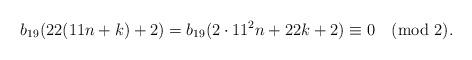
LaTeX: \begin{align*}b_{19}(22(11n+k)+2)=b_{19}(2\cdot 11^2n+22k+2)\equiv 0\pmod2.\end{align*}